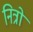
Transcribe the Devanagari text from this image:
नित्रो